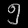
Digit: ၅